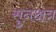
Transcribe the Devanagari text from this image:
सुनक्षत्र